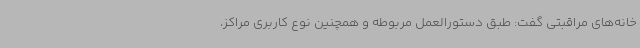
خانه‌های مراقبتی گفت: طبق دستورالعمل مربوطه و همچنین نوع کاربری مراکز،